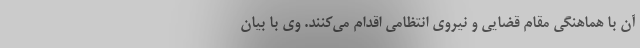
آن با هماهنگی مقام قضایی و نیروی انتظامی اقدام می‌کنند. وی با بیان